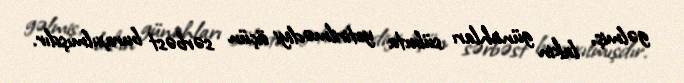
gəlmiş, lakin günahları sübuta yetirilmədiyi üçün sərbəst buraxılmışdır.